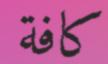
كافة